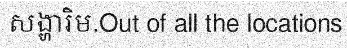
សង្ហារិម.Out of all the locations